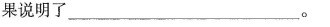
果说明了______________________ 。